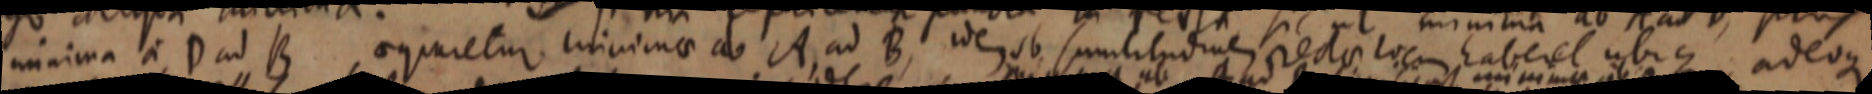
minima a D ad B, aequaretur minimae ad A, ad B, ide sb similitudinem recta locus haberet ubique adeoque